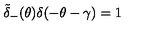
\tilde { \delta } _ { - } ( \theta ) \delta ( - \theta - \gamma ) = 1